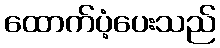
ထောက်ပံ့ပေးသည်